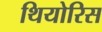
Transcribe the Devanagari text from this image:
थियोरिस